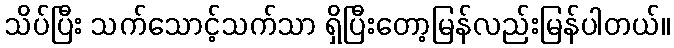
သိပ်ပြီး သက်သောင့်သက်သာ ရှိပြီးတော့မြန်လည်းမြန်ပါတယ်။